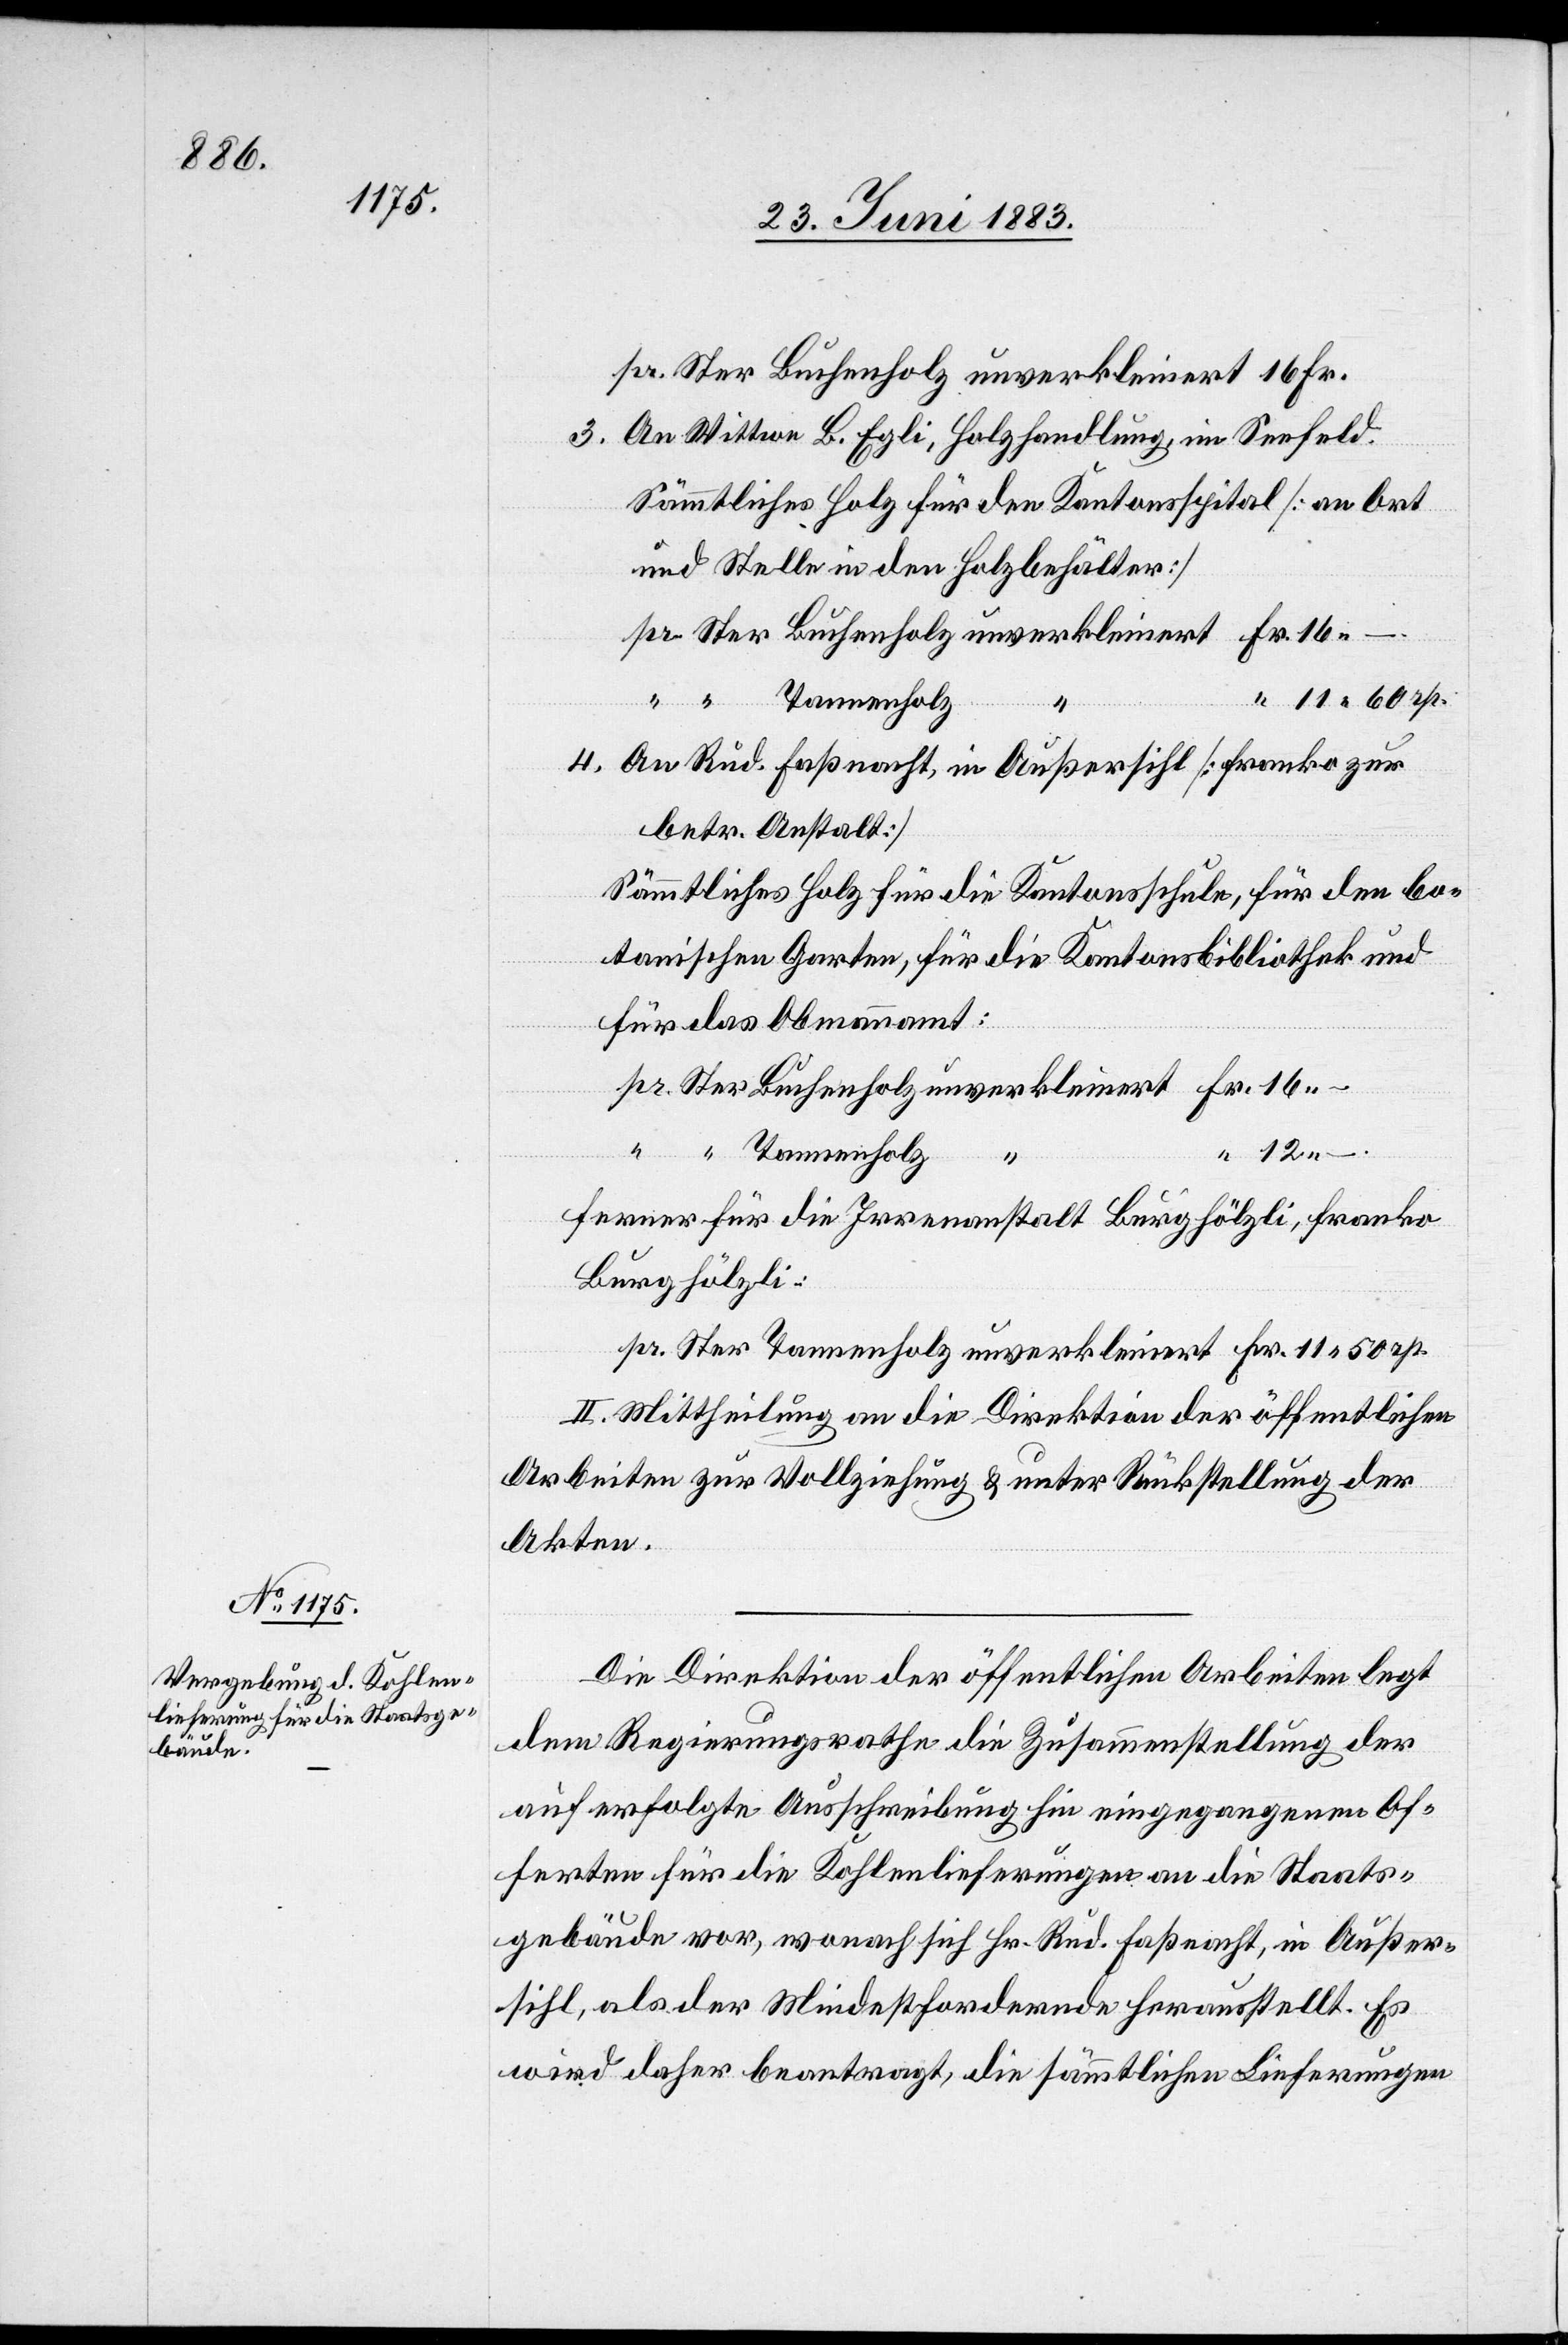
per Ster Buchenholz unverkleinert 16 Fr.
3. An Wittwe B. Egli, Holzhandlung, im Seefeld.
Sämmtliches Holz für den Kantonsspital [an Ort
und Stelle in den Holzbehälter]
“ 11 60 rp.
4. An Rud. Faßnacht, in Außersihl [Franko zur
betr. Anstalt]
Sämmtliches Holz für die Kantonsschule, für den bo¬
tanischen Garten, für die Kantonsbibliothek und
für das Obmannamt:
pr. Ster Buchenholz unverkleinert Fr. 16
“ “ Tannenholz
“ 12 –.
Ferner für die Irrenanstalt Burghölzli, Frank
Burghölzli:
pr. Ster Tannenholz unverkleinert Fr. 11 50 rp.
II. Mittheilung an die Direktion der öffentlichen
Arbeiten zur Vollziehung & unter Rückstellung der
Akten.
Die Direktion der öffentlichen Arbeiten legt
dem Regierungsrathe die Zusammenstellung der
auf erfolgte Ausschreibung hin eingegangenen Of¬
ferten für die Kohlenlieferungen an die Staats¬
gebäude vor, wonach sich Hr. Rud. Faßnacht, in Außer¬
sihl, als der Mindestfordernde herausstellt. Es
wird daher beantragt, die sämmtlichen Lieferungen